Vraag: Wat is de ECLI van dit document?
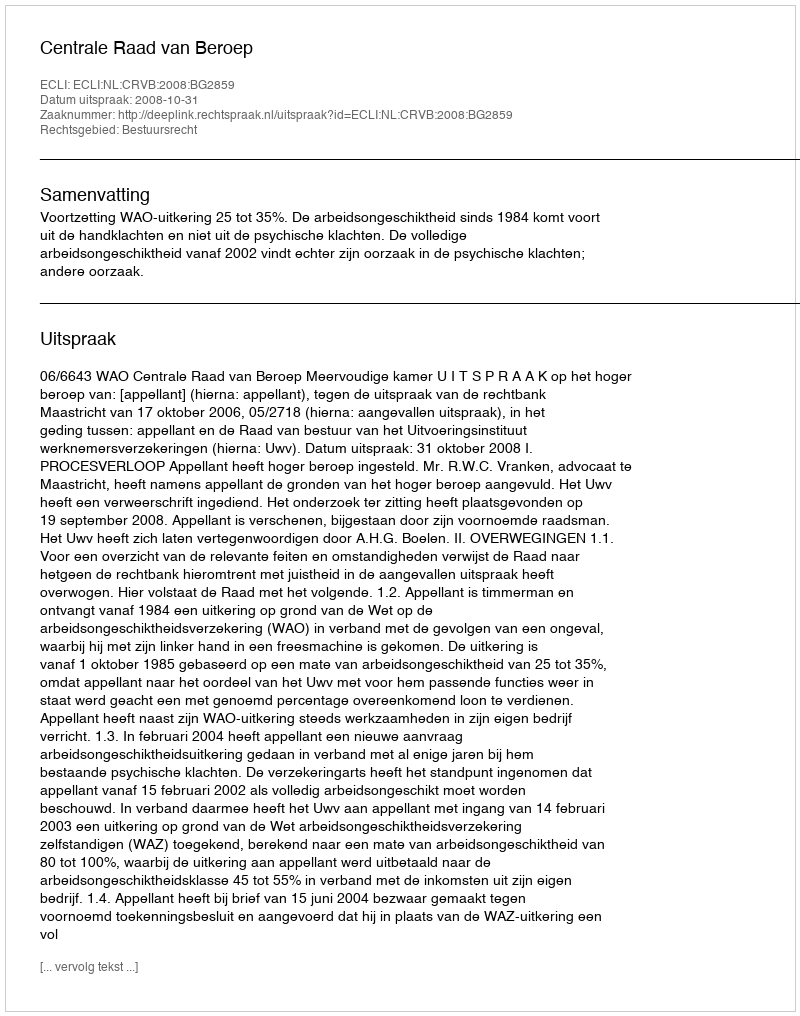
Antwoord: ECLI:NL:CRVB:2008:BG2859